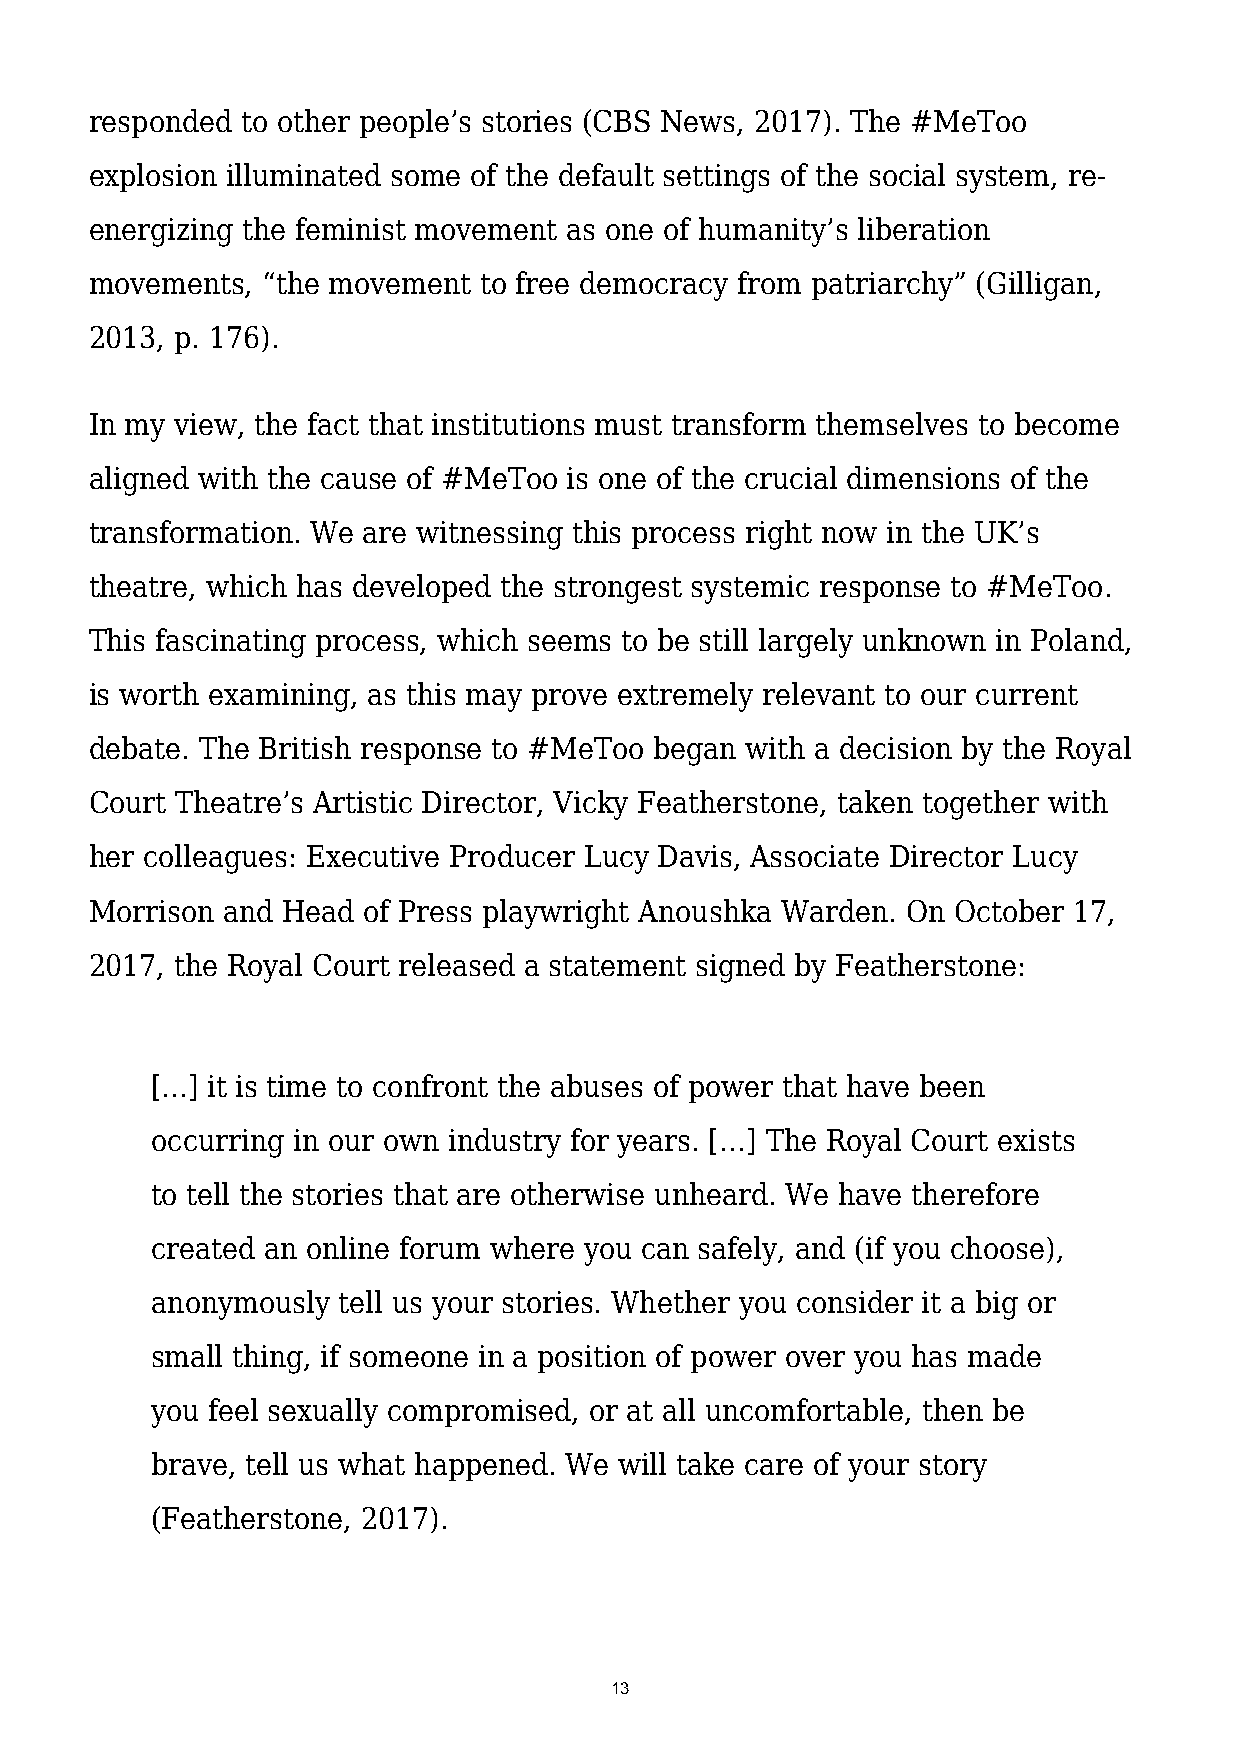
responded to other people’s stories (CBS News, 2017). The #MeToo
 explosion illuminated some of the default settings of the social system, re-
 energizing the feminist movement as one of humanity’s liberation
 movements, “the movement  to free democracy from patriarchy” (Gilligan,
 2013, p. 176).
 In my view, the fact that institutions must transform themselves to become
 aligned with the cause of #MeToo is one of the crucial dimensions of the
 transformation. We are witnessing this process right now in the UK’s
 theatre, which has developed the strongest systemic response to #MeToo.
 This fascinating process, which seems to be still largely unknown in Poland,
 is worth examining, as this may prove extremely relevant to our current
 debate. The British response to #MeToo began with a decision by the Royal
 Court Theatre’s Artistic Director, Vicky Featherstone, taken together with
 her colleagues: Executive Producer Lucy Davis, Associate Director Lucy
 Morrison and Head of Press playwright Anoushka Warden. On October 17,
 2017, the Royal Court released a statement signed by Featherstone:
 […] it is time to confront the abuses of power that have been
 occurring in our own industry for years. […] The Royal Court exists
 to tell the stories that are otherwise unheard. We have therefore
 created an online forum where you can safely, and (if you choose),
 anonymously tell us your stories. Whether you consider it a big or
 small thing, if someone in a position of power over you has made
 you feel sexually compromised, or at all uncomfortable, then be
 brave, tell us what happened. We will take care of your story
 (Featherstone, 2017).
 13